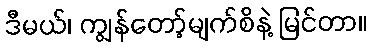
ဒီမယ်၊ ကျွန်တော့်မျက်စိနဲ့ မြင်တာ။